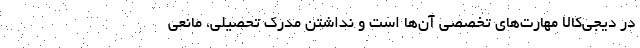
در دیجی‌کالا مهارت‌های تخصصی آن‌ها است و نداشتن مدرک تحصیلی، مانعی